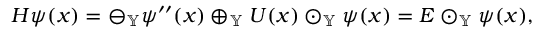
\begin{array} { r } { H \psi ( x ) = \ominus _ { \mathbb { Y } } \psi ^ { \prime \prime } ( x ) \oplus _ { \mathbb { Y } } U ( x ) \odot _ { \mathbb { Y } } \psi ( x ) = E \odot _ { \mathbb { Y } } \psi ( x ) , } \end{array}